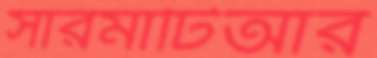
সারমাটিআর